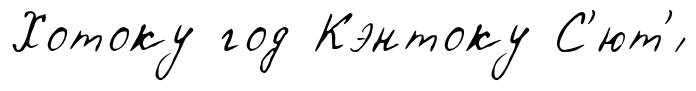
Хотоку год Кэнтоку С'ют'́